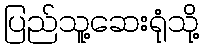
ပြည်သူ့ဆေးရုံသို့